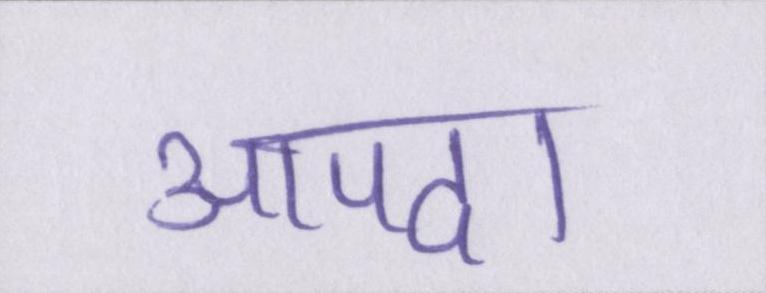
आपदा